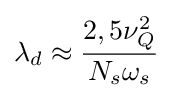
\lambda _{d}\approx {\frac {2,5\nu _{Q}^{2}}{N_{s}\omega _{s}}}